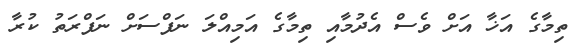
ތިމާގެ އަޚާ އަށް ވެސް އެދުމާއި ތިމާގެ އަމިއްލަ ނަފްސަށް ނަފްރަތު ކުރާ